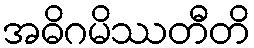
အဓိဂမိဿတီတိ